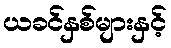
ယခင်နှစ်များနှင့်